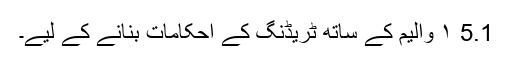
5.1 ۱ والیم کے ساتھ ٹریڈنگ کے احکامات بنانے کے لیے۔